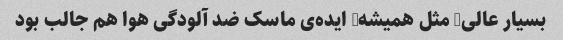
بسیار عالی/ مثل همیشه/ ایده‌ی ماسک ضد آلودگی هوا هم جالب بود